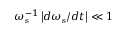
\omega _ { \mathrm { s } } ^ { - 1 } \left| d \omega _ { \mathrm { s } } / d t \right| \ll 1